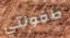
طفولتي